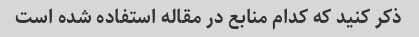
ذکر کنید که کدام منابع در مقاله استفاده شده است